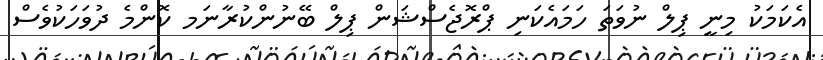
އެކަމަކު މިނީ ޕިލް ނުވަތަ ހަމައެކަނި ޕްރޮޖެސްޝަން ޕިލް ބޭނުންކުރާނަމ ކޮންމެ ދުވަހަކުވެސް